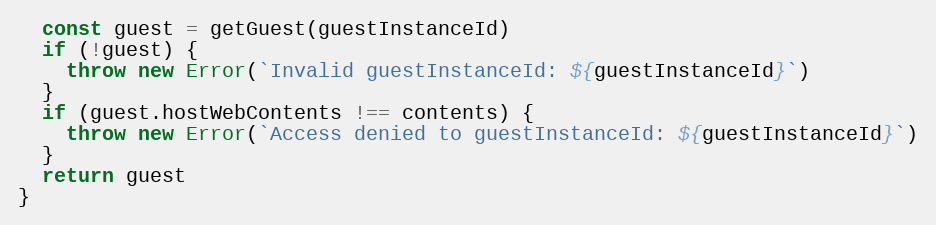
Language: JavaScript
  const guest = getGuest(guestInstanceId)
  if (!guest) {
    throw new Error(`Invalid guestInstanceId: ${guestInstanceId}`)
  }
  if (guest.hostWebContents !== contents) {
    throw new Error(`Access denied to guestInstanceId: ${guestInstanceId}`)
  }
  return guest
}